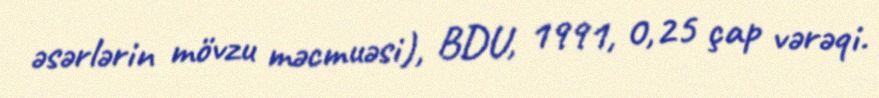
əsərlərin mövzu məcmuəsi), BDU, 1991, 0,25 çap vərəqi.